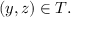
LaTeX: ( y , z ) \in T .